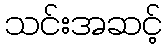
သင်းအဆင့်